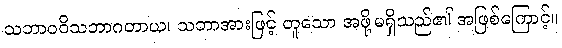
သဘာဝဝိသဘာဂတာယ၊ သဘာအားဖြင့် တူသော အဖို့မရှိသည်၏ အဖြစ်ကြောင့်။